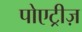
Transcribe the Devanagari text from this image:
पोएट्रीज़